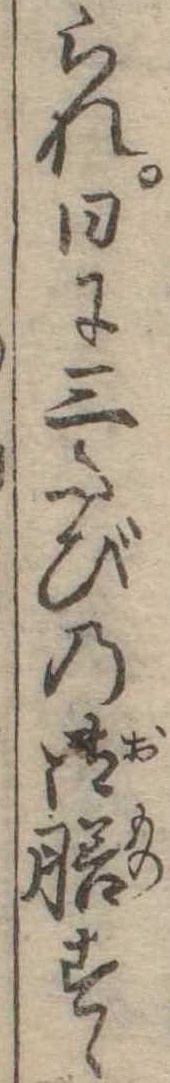
られ日に三たびの御膳すゝ